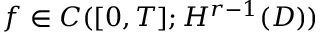
f \in C ( [ 0 , T ] ; H ^ { r - 1 } ( D ) )